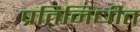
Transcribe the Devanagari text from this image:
प्रतिनिधीत